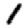
Digit: 1